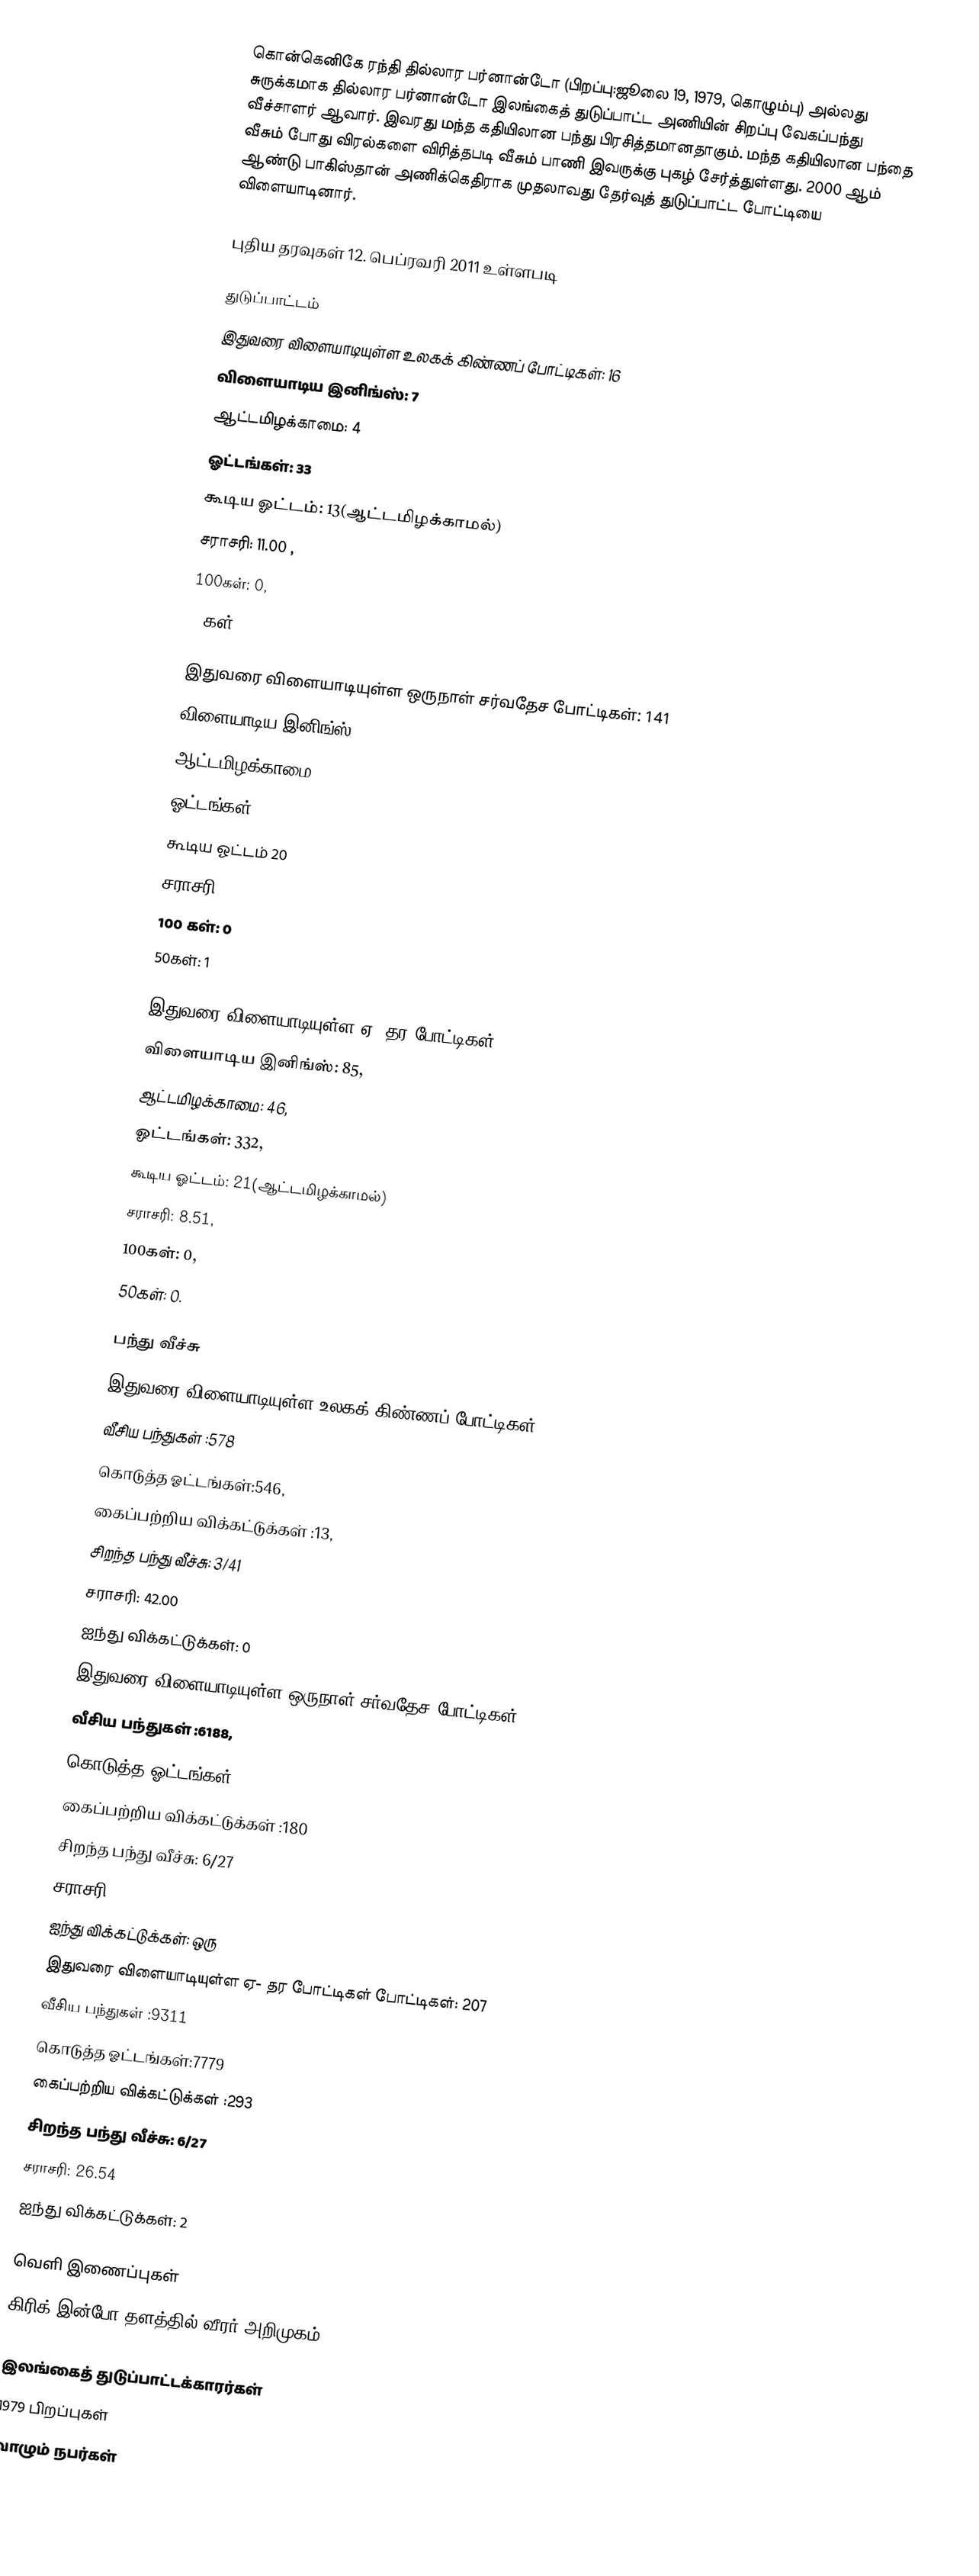
கொன்கெனிகே ரந்தி தில்லார பர்னான்டோ (பிறப்பு:ஜூலை 19, 1979, கொழும்பு) அல்லது சுருக்கமாக தில்லார பர்னான்டோ இலங்கைத் துடுப்பாட்ட அணியின் சிறப்பு வேகப்பந்து வீச்சாளர் ஆவார். இவரது மந்த கதியிலான பந்து பிரசித்தமானதாகும். மந்த கதியிலான பந்தை வீசும் போது விரல்களை விரித்தபடி வீசும் பாணி இவருக்கு புகழ் சேர்த்துள்ளது. 2000 ஆம் ஆண்டு பாகிஸ்தான் அணிக்கெதிராக முதலாவது தேர்வுத் துடுப்பாட்ட போட்டியை விளையாடினார்.

புதிய தரவுகள் 12. பெப்ரவரி 2011 உள்ளபடி

துடுப்பாட்டம்
இதுவரை விளையாடியுள்ள உலகக் கிண்ணப் போட்டிகள்: 16
விளையாடிய இனிங்ஸ்: 7
 ஆட்டமிழக்காமை: 4
 ஓட்டங்கள்: 33
 கூடிய ஓட்டம்: 13(ஆட்டமிழக்காமல்)
 சராசரி: 11.00 ,
 100கள்: 0,
 50கள் :0,

இதுவரை விளையாடியுள்ள ஒருநாள் சர்வதேச போட்டிகள்: 141
 விளையாடிய இனிங்ஸ்: 57
 ஆட்டமிழக்காமை: 33
 ஓட்டங்கள் :239
 கூடிய ஓட்டம் 20
 சராசரி: 9.95
 100 கள்: 0
 50கள்: 1

இதுவரை விளையாடியுள்ள ஏ- தர போட்டிகள்: 207
 விளையாடிய இனிங்ஸ்: 85,
 ஆட்டமிழக்காமை: 46,
 ஓட்டங்கள்: 332,
 கூடிய ஓட்டம்: 21(ஆட்டமிழக்காமல்)
 சராசரி: 8.51,
 100கள்: 0,
 50கள்: 0.

பந்து வீச்சு
இதுவரை விளையாடியுள்ள உலகக் கிண்ணப் போட்டிகள்: 16
வீசிய பந்துகள் :578
 கொடுத்த ஓட்டங்கள்:546,
 கைப்பற்றிய விக்கட்டுக்கள் :13,
 சிறந்த பந்து வீச்சு: 3/41
 சராசரி: 42.00
 ஐந்து விக்கட்டுக்கள்: 0
இதுவரை விளையாடியுள்ள ஒருநாள் சர்வதேச போட்டிகள்: 141
 வீசிய பந்துகள் :6188,
 கொடுத்த ஓட்டங்கள்:5362,
 கைப்பற்றிய விக்கட்டுக்கள் :180
 சிறந்த பந்து வீச்சு: 6/27
 சராசரி: 29.78
 ஐந்து விக்கட்டுக்கள்: ஒரு
இதுவரை விளையாடியுள்ள ஏ- தர போட்டிகள் போட்டிகள்: 207
 வீசிய பந்துகள் :9311
 கொடுத்த ஓட்டங்கள்:7779
 கைப்பற்றிய விக்கட்டுக்கள் :293
 சிறந்த பந்து வீச்சு: 6/27
 சராசரி: 26.54
 ஐந்து விக்கட்டுக்கள்: 2

வெளி இணைப்புகள்
கிரிக்-இன்போ தளத்தில் வீரர் அறிமுகம்

இலங்கைத் துடுப்பாட்டக்காரர்கள்
1979 பிறப்புகள்
வாழும் நபர்கள்